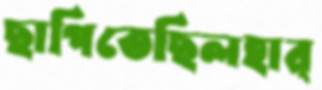
ছাপিতেছিলহার্